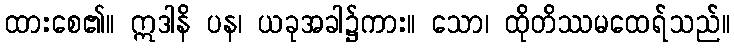
ထားစေ၏။ ဣဒါနိ ပန၊ ယခုအခါ၌ကား။ သော၊ ထိုတိဿမထေရ်သည်။